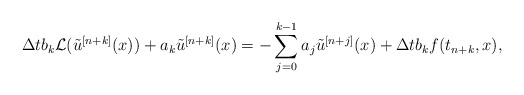
\begin{align*}\Delta t b_k \mathcal{L}(\tilde{u}^{[n+k]}(x)) + a_k \tilde{u}^{[n+k]}(x)=-\sum_{j=0}^{k-1}a_j \tilde{u}^{[n+j]}(x)+ \Delta t b_k f(t_{n+k},x),\end{align*}